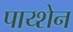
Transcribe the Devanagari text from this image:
पाय्शेन